Lunatic asylums Punjab 1895-1910 - 1895-1910
Year: 1895
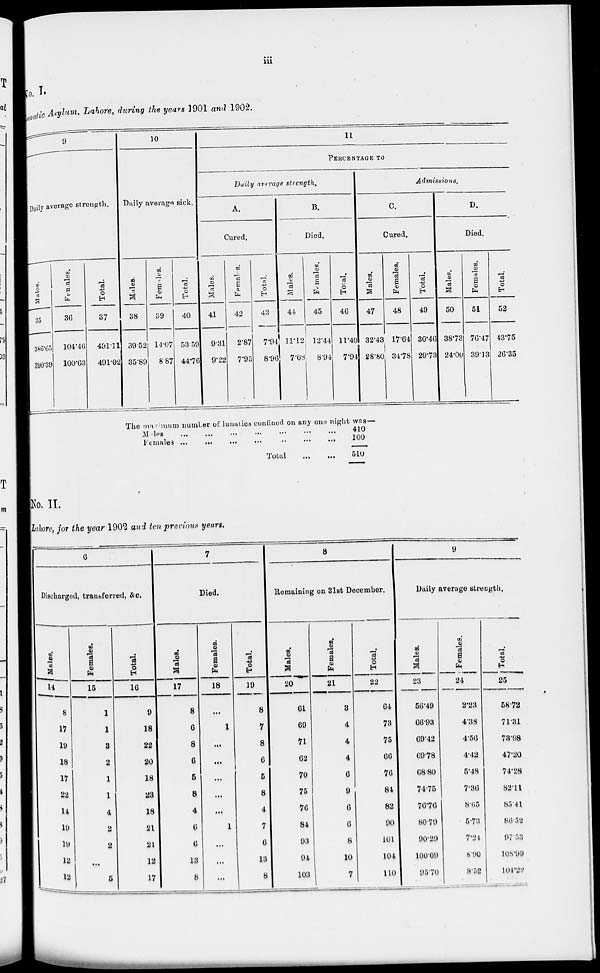
iii
No.I.
Lunatic
Asylum, Lahore, during the years 1901 and 1902.
9
Daily average strength.
Males.
35
386.65
390.39
Females.
36
104.46
100.63
Total.
37
491.11
491.02
10
Daily average sick.
Males.
38
39.52
35.89
Females.
39
14.07
8.87
Total.
40
53.59
44.76
11
PERCENTAGE TO
Daily average strength.
A.
Cured.
Males.
41
9.31
9.22
Females.
42
2.87
7.95
Total.
43
7.94
8.96
B.
Died.
Males.
44
11.12
7.68
Females.
45
12.44
8.94
Total.
46
11.40
7.94
Admissions.
C.
Cured.
Males.
47
32.43
28.80
Females.
48
17.64
34.78
Total.
49
30.46
29.73
D.
Died.
Males.
50
38.73
24.00
Females.
51
76.47
39.13
Total.
52
43.75
26.35
The maximum number of lunatics confined on any one night was—
Males ... ... ... ... ... ... ...
Females
...
...
...
...
...
...
...
Total ... ...
410
100
510
No. II.
Lahore, for the year 1902 and ten previous years.
6
Discharged, transferred, &c.
Males.
14
8
17
19
18
17
22
14
19
19
12
12
Females.
15
1
1
3
2
1
1
4
2
2
...
5
Total.
16
9
18
22
20
18
28
18
21
21
12
17
7
Died.
Males.
17
8
6
8
6
5
8
4
6
6
18
8
Females.
18
...
1
...
...
...
...
...
1
...
...
...
Total.
19
8
7
8
6
5
8
4
7
6
13
8
8
Remaining on 31st December.
Males.
20
61
69
71
62
70
75
76
84
93
94
103
Females.
21
3
4
4
4
6
9
6
6
8
10
7
Total.
22
64
73
75
66
76
84
82
90
101
104
110
9
Daily average strength.
Males.
23
56.49
66.93
69.42
69.78
68.80
74.75
76.76
80.79
90.29
100.09
95.70
Females.
24
2.23
4.38
4.56
4.42
5.48
7.36
8.65
5.73
7.24
8.90
8.52
Total.
25
58.72
71.31
73.98
47.20
74.28
82.11
85.41
86.52
97.53
108.99
104.22